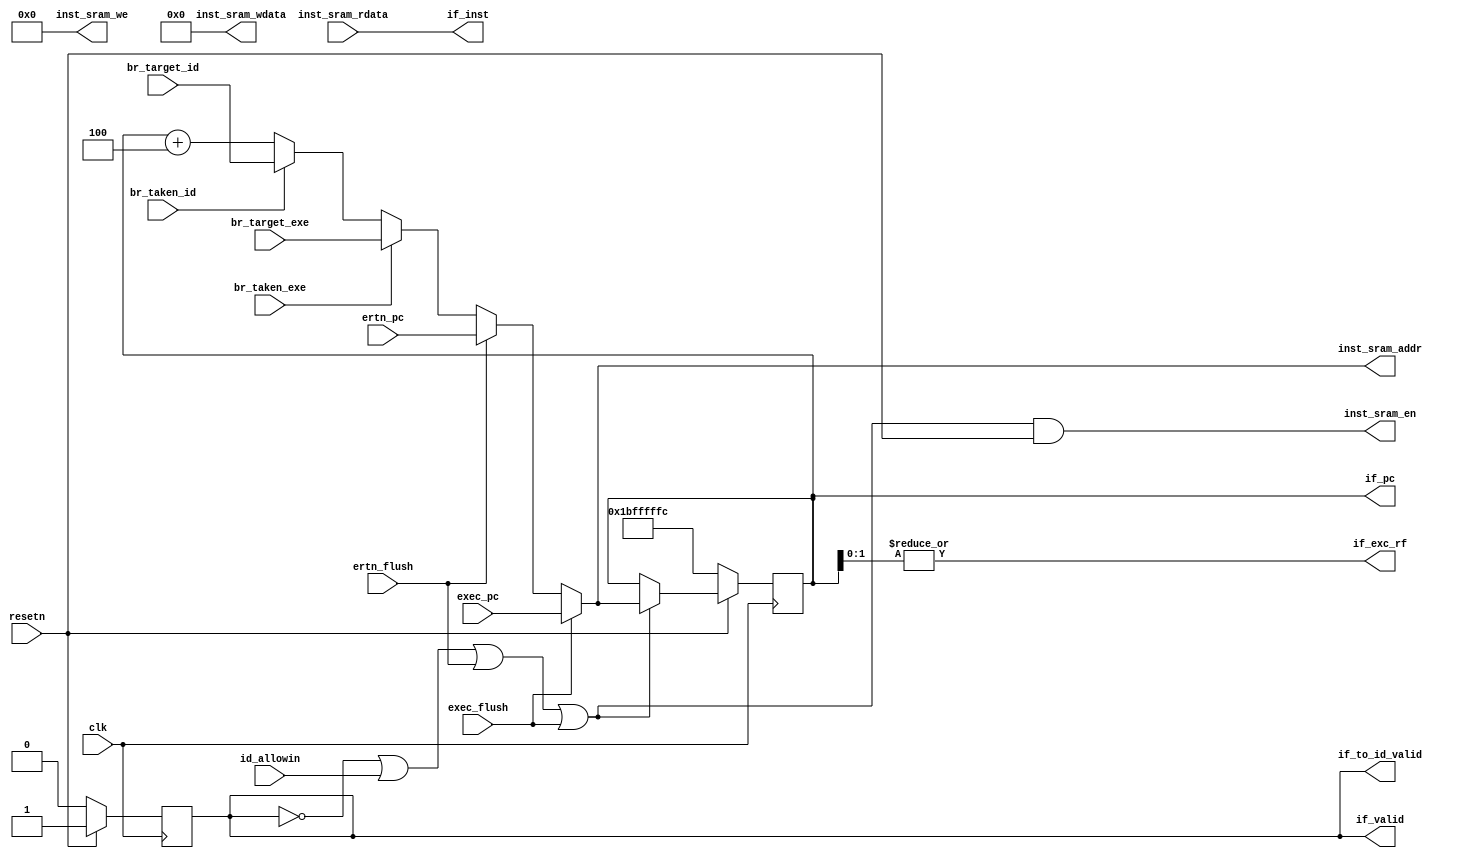
module IFstate(
    input             clk,
    input             resetn, // resetn==1 <-> do reset
    output reg        if_valid,

    output            inst_sram_en,
    output     [ 3:0] inst_sram_we,
    output     [31:0] inst_sram_addr,
    output     [31:0] inst_sram_wdata,
    input      [31:0] inst_sram_rdata,

    input             id_allowin,
    input             br_taken_id,
    input      [31:0] br_target_id,
    input             br_taken_exe,
    input      [31:0] br_target_exe,
    output            if_to_id_valid,
    output     [31:0] if_inst,
    output reg [31:0] if_pc,
    input      [31:0] ertn_pc,
    input      [31:0] exec_pc,
    input             ertn_flush,
    input             exec_flush,
    output            if_exc_rf
);

    wire        if_ready_go;
    // reg         if_valid;
    wire [31:0] pc_seq;
    wire [31:0] pc_next;
    
    assign if_ready_go    = 1'b1;
    assign if_to_id_valid = if_valid & if_ready_go;
    assign if_allowin     = ~if_valid | if_ready_go & id_allowin | ertn_flush | exec_flush;     
    
    always @(posedge clk) begin
        if(~resetn)
            if_valid <= 1'b0;
        else
            if_valid <= 1'b1;
    end

    /* Instruction Fetch: use inst_sram */
    assign inst_sram_en    = if_allowin & resetn;
    assign inst_sram_we    = 4'b0;
    assign inst_sram_addr  = pc_next;
    assign inst_sram_wdata = 32'b0;


    /* Write if_pc: write pc_next generated from the former instruction */
    assign pc_seq  = if_pc + 32'd4;  
    assign pc_next = exec_flush? exec_pc: ertn_flush? ertn_pc :br_taken_exe ? br_target_exe : br_taken_id ? br_target_id : pc_seq;
    // br signals passed on from IDstate
    always @(posedge clk) begin
        if(~resetn)
            if_pc <= 32'h1bfffffc;
        else if(if_allowin)
            if_pc <= pc_next;
    end
    assign if_inst = inst_sram_rdata;
    assign if_exc_rf = | if_pc[1:0];
endmodule